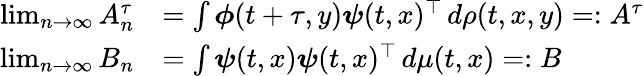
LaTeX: \begin{array}{rl}{\operatorname*{lim}_{n\to\infty}A_{n}^{\tau}}&{=\int\boldsymbol{\phi}(t+\tau,y)\boldsymbol{\psi}(t,x)^{\top}\, d\rho(t,x,y)=:A^{\tau}}\\ {\operatorname*{lim}_{n\to\infty}B_{n}}&{=\int\boldsymbol{\psi}(t,x)\boldsymbol{\psi}(t,x)^{\top}\, d\mu(t,x)=:B}\end{array}